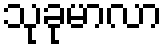
သုခုမာလာ